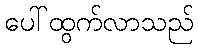
ပေါ်ထွက်လာသည်